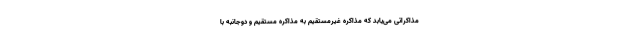
مذاکراتی می‌یابد که مذاکره غیرمستقیم به مذاکره مستقیم و دوجانبه با